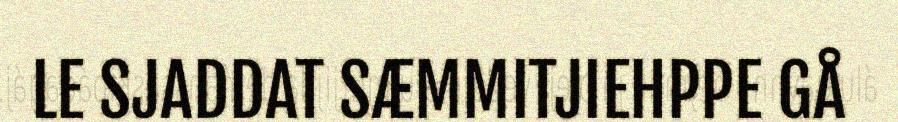
LE SJADDAT SÆMMITJIEHPPE GÅ